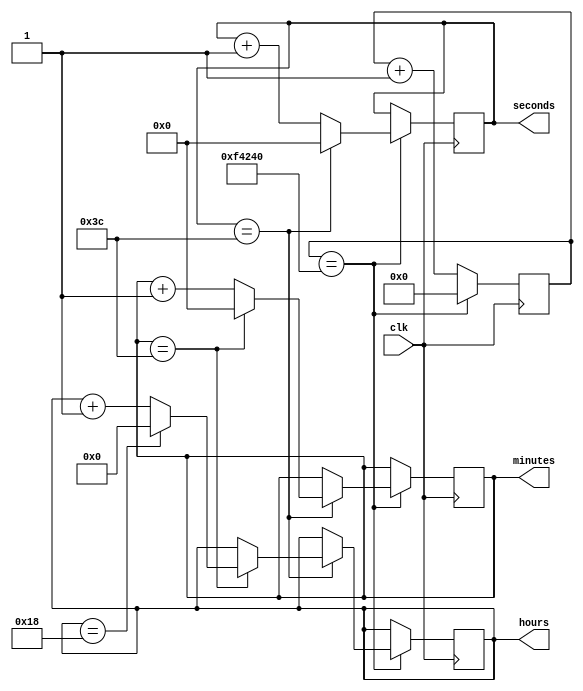
module RTC_timer (
    input wire clk,
    output reg [5:0] seconds,
    output reg [5:0] minutes,
    output reg [4:0] hours
);

reg [24:0] count;

always @(posedge clk) begin
    count <= count + 1;
    if (count == 1000000) begin
        count <= 0;
        seconds <= seconds + 1;
        if (seconds == 60) begin
            seconds <= 0;
            minutes <= minutes + 1;
            if (minutes == 60) begin
                minutes <= 0;
                hours <= hours + 1;
                if (hours == 24) begin
                    hours <= 0;
                end
            end
        end
    end
end

endmodule